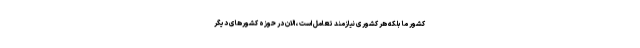
کشور ما بلکه هر کشوری نیازمند تعامل است ،الان در حوزه کشورهای دیگر